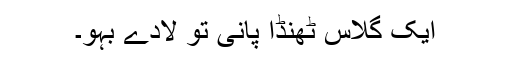
ایک گلاس ٹھنڈا پانی تو لادے بہو۔